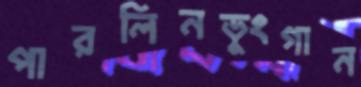
পারলিনডুংগান